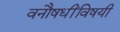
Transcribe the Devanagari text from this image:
वनौषधींविषयी